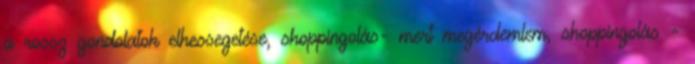
a rossz gondolatok elhessegetése, shoppingolás- mert megérdemlem, shoppingolás -